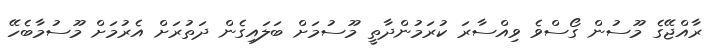
ރާއްޖޭގެ މޫސުން ގޯސްވެ ވިއްސާރަ ކުރަމުންދާތީ މޫސުމަށް ބަލައިގެން ދަތުރަށް އެރުމަށް މޫސުމާބެހޭ